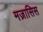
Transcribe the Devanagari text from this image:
मज़ासिस